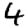
Digit: 4